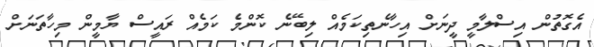
އެގޮތުން އިސްލާމީ ދީނަށް އިހާނެތިކަމެއް ލިބޭނެ ކޮންމެ ކަމެއް ރައީސް ޔާމީން މިހާތަނަށް